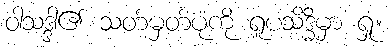
ဝါသဒ္ဒါ၏ သတ်မှတ်ပုံကို ရူပသိဒ္ဓိမှာ ရှု။